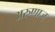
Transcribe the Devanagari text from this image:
अरुणाज्